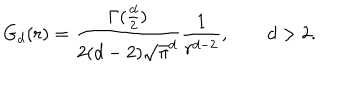
LaTeX: G _ { d } ( r ) = \frac { \Gamma ( \frac { d } { 2 } ) } { 2 ( d - 2 ) \sqrt { \pi } ^ { d } } \frac { 1 } { r ^ { d - 2 } } , \qquad d > 2 .